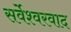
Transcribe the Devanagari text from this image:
सर्वेश्‍वरवाद